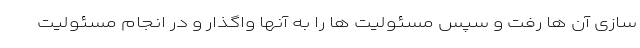
سازی آن ها رفت و سپس مسئولیت ها را به آنها واگذار و در انجام مسئولیت